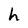
Character: h